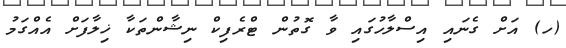
(ހ) އަށް ގެނައި އިސްލާހުގައި ވާ ގޮތުން ޓްރެފިކް ނިޝާންތަކާ ޚިލާފަށް އެއްގަމު